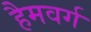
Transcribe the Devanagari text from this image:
हैमवर्ग